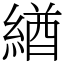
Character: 緧